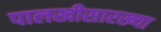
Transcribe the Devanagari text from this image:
पालखीसारख्या